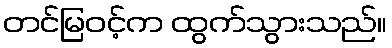
တင်မြဝင့်က ထွက်သွားသည်။